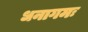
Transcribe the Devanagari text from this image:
धनागमः